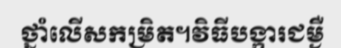
ថ្នាំលើសកម្រិត។វិធីបង្ការជម្ងឺ